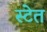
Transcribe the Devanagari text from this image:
स्टेत